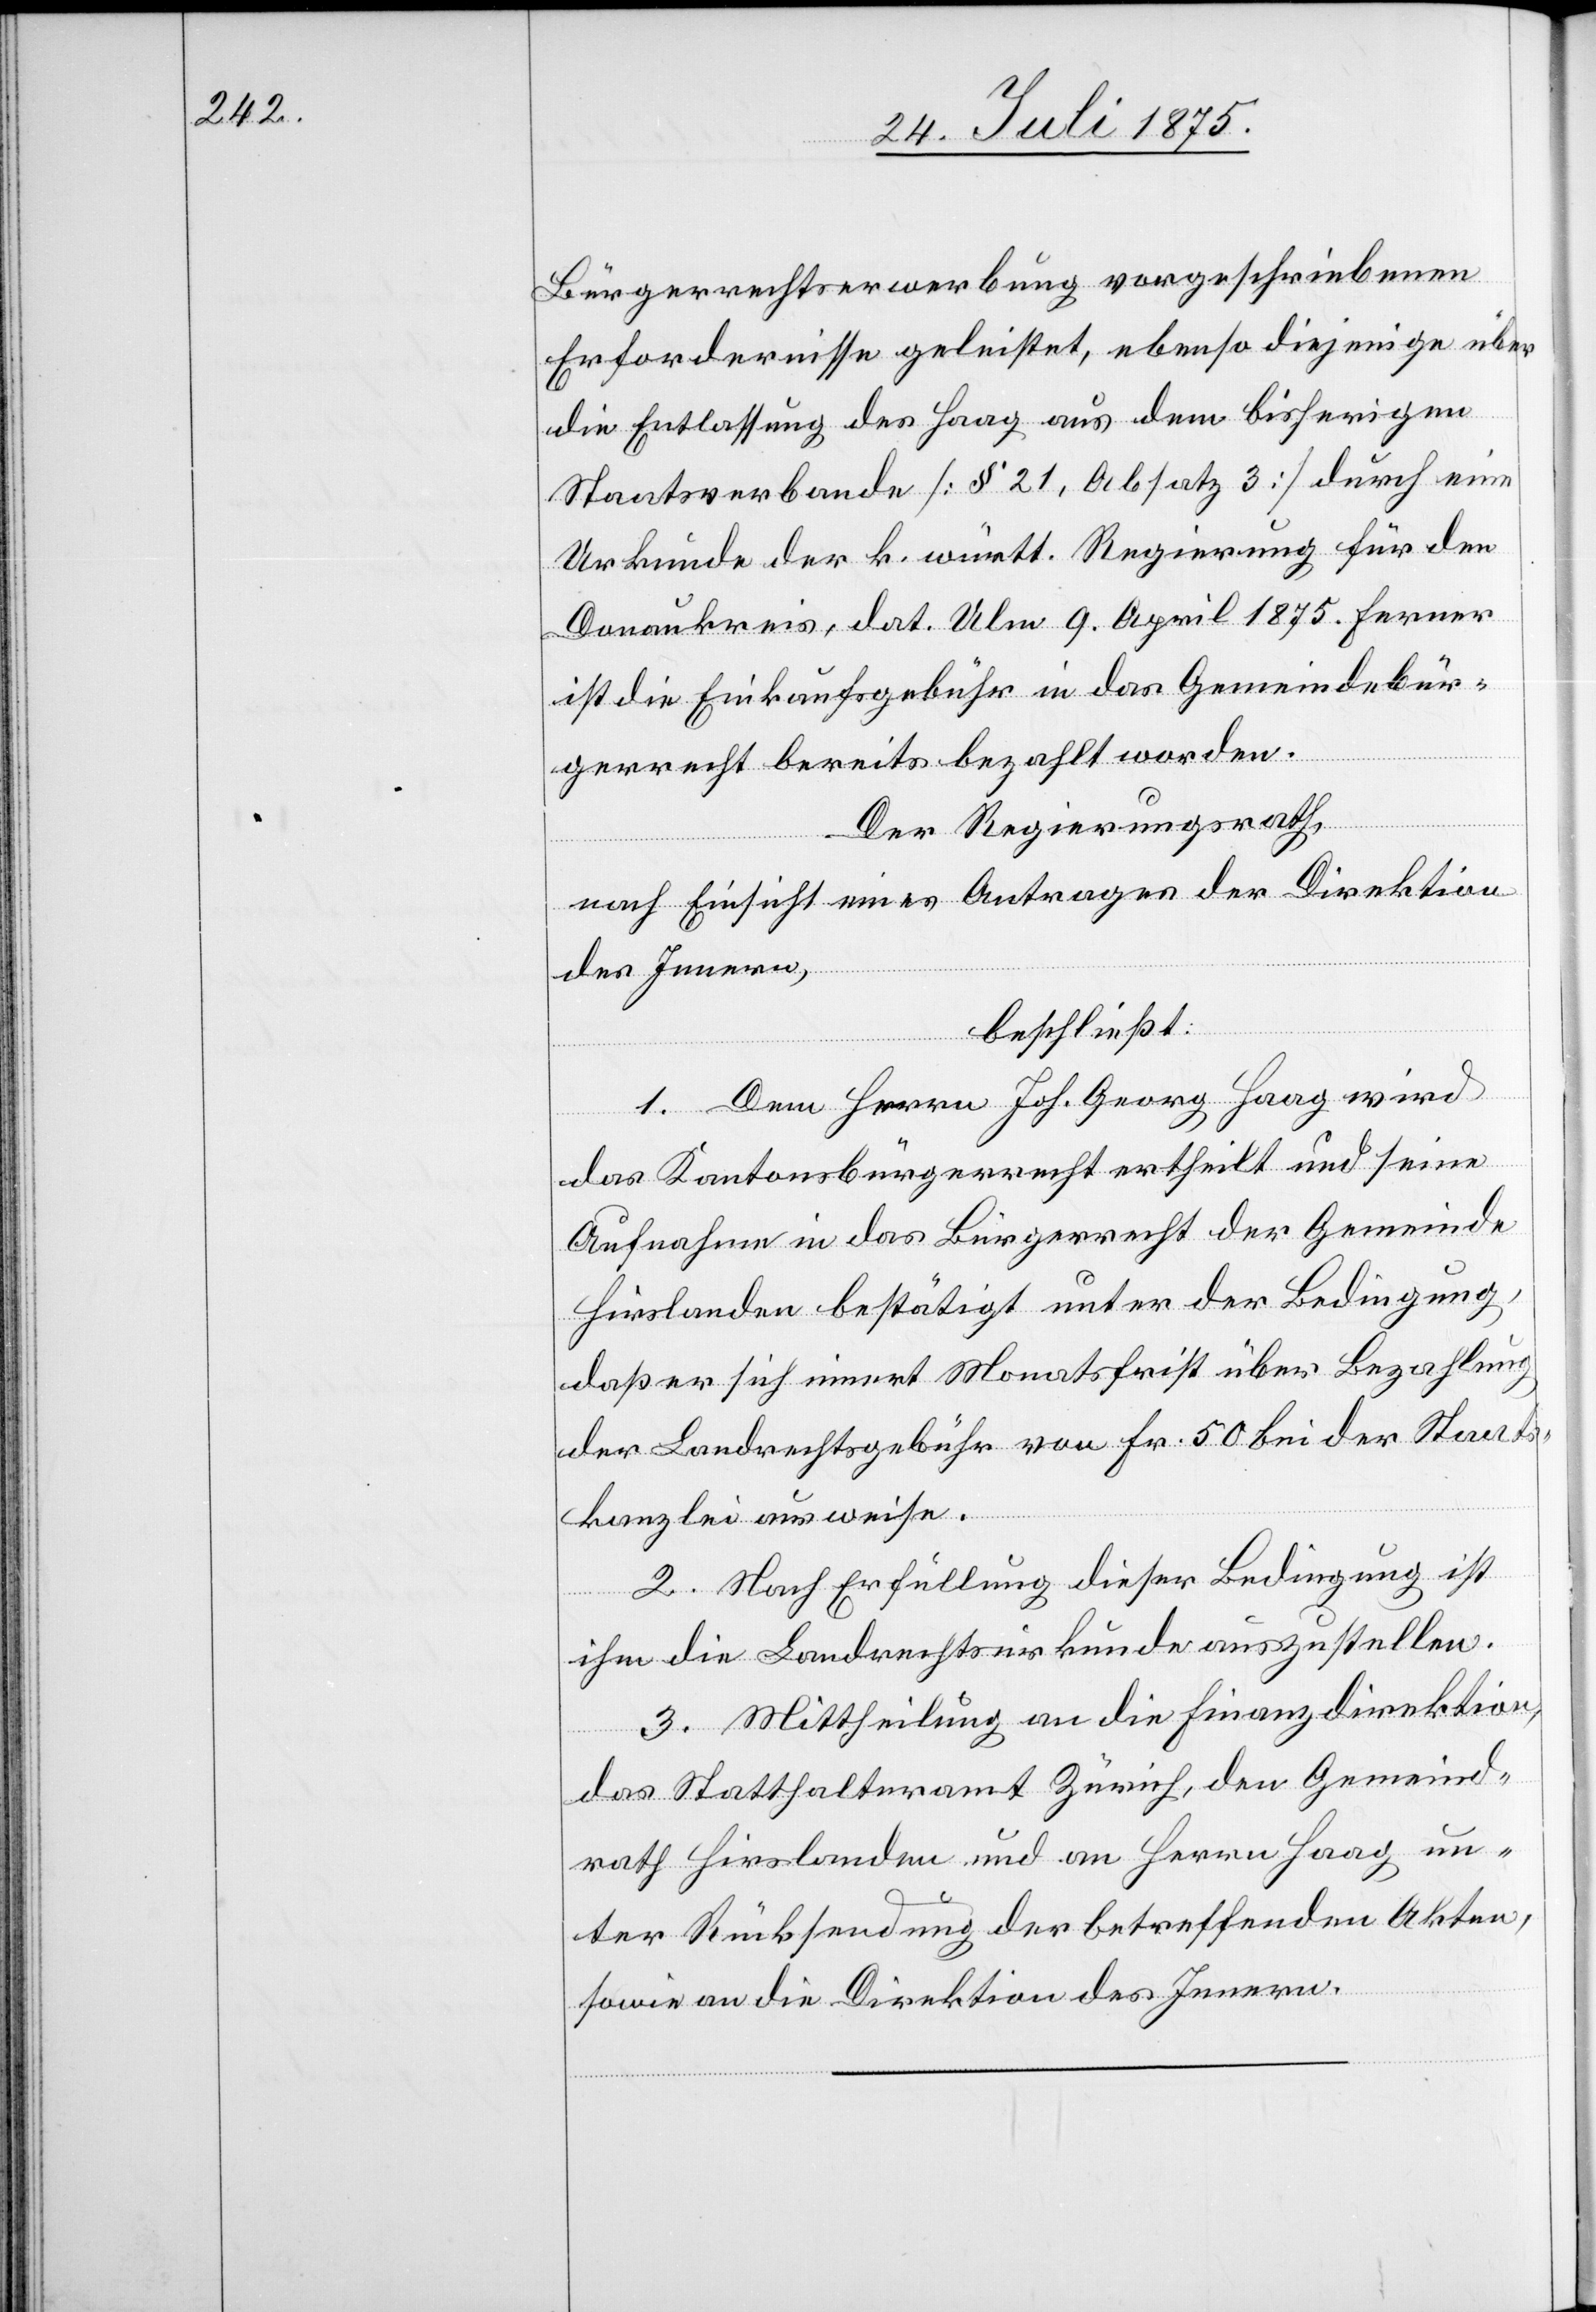
Bürgerrechtserwerbung vorgeschriebenen
Erfordernisse geleistet, ebenso diejenige über
die Entlassung des Haag aus dem bisherigen
Staatsverbande [§ 21, Absatz 3] durch eine
Urkunde der k. württ. Regierung für den
Donaukreis, dat. Ulm 9. April 1875. Ferner
ist die Einkaufsgebühr in das Gemeindbür¬
gerrecht bereits bezahlt worden.
Der Regierungsrath,
nach Einsicht eines Antrages der Direktion
des Innern,
beschließt:
1. Dem Herrn Joh. Georg Haag wird
das Kantonsbürgerrecht ertheilt und seine
Aufnahme in das Bürgerrecht der Gemeinde
Hirslanden bestätigt unter der Bedingung,
daß er sich innert Monatsfrist über Bezahlung
der Landrechtsgebühr von Fr. 50 bei der Staats¬
kanzlei ausweise.
2. Nach Erfüllung dieser Bedingung ist
ihm die Landrechtsurkunde auszustellen.
3. Mittheilung an die Finanzdirektion,
das Statthalteramt Zürich, den Gemeind¬
rath Hirslanden und an Herrn Haag un¬
ter Rücksendung der betreffenden Akten,
sowie an die Direktion des Innern.